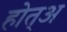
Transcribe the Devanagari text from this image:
होत्अ